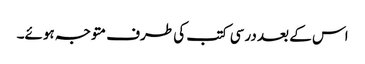
اس کے بعد درسی کتب کی طرف متوجہ ہوئے۔